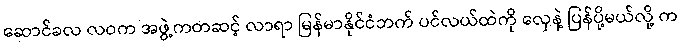
ဆောင်ခလ လဝက အဖွဲ့ကတဆင့် လာရာ မြန်မာနိုင်ငံဘက် ပင်လယ်ထဲကို လှေနဲ့ ပြန်ပို့မယ်လို့ က